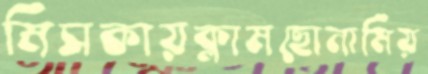
মিসকায়ক্লামছোনামিয়